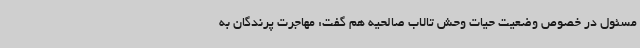
مسئول در خصوص وضعیت حیات وحش تالاب صالحیه هم گفت: مهاجرت پرندگان به